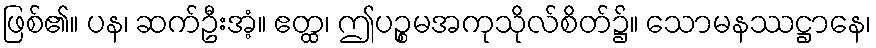
ဖြစ်၏။ ပန၊ ဆက်ဦးအံ့။ ဧတ္ထ၊ ဤပဉ္စမအကုသိုလ်စိတ်၌။ သောမနဿဋ္ဌာနေ၊